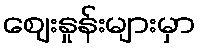
ဈေးနှုန်းများမှာ